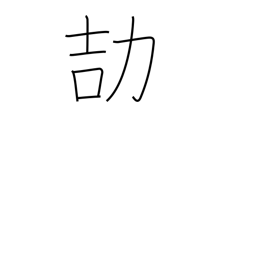
Meaning: be careful